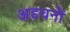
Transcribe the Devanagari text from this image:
अडचनों